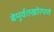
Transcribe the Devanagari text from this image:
बेमुर्वतखोरपणे